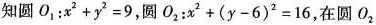
知圆$$O_{1}:x^{2}+y^{2}=9$$，圆$$O_{2}:x^{2}+(y-6)^{2}=16$$，在圆O_{2}